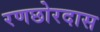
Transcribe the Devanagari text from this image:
रणछोरदास